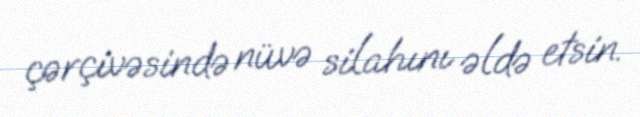
çərçivəsində nüvə silahını əldə etsin.